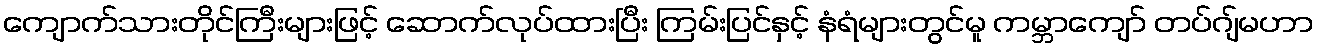
ကျောက်သားတိုင်ကြီးများဖြင့် ဆောက်လုပ်ထားပြီး ကြမ်းပြင်နှင့် နံရံများတွင်မူ ကမ္ဘာကျော် တပ်ဂျ်မဟာ